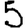
Digit: 5